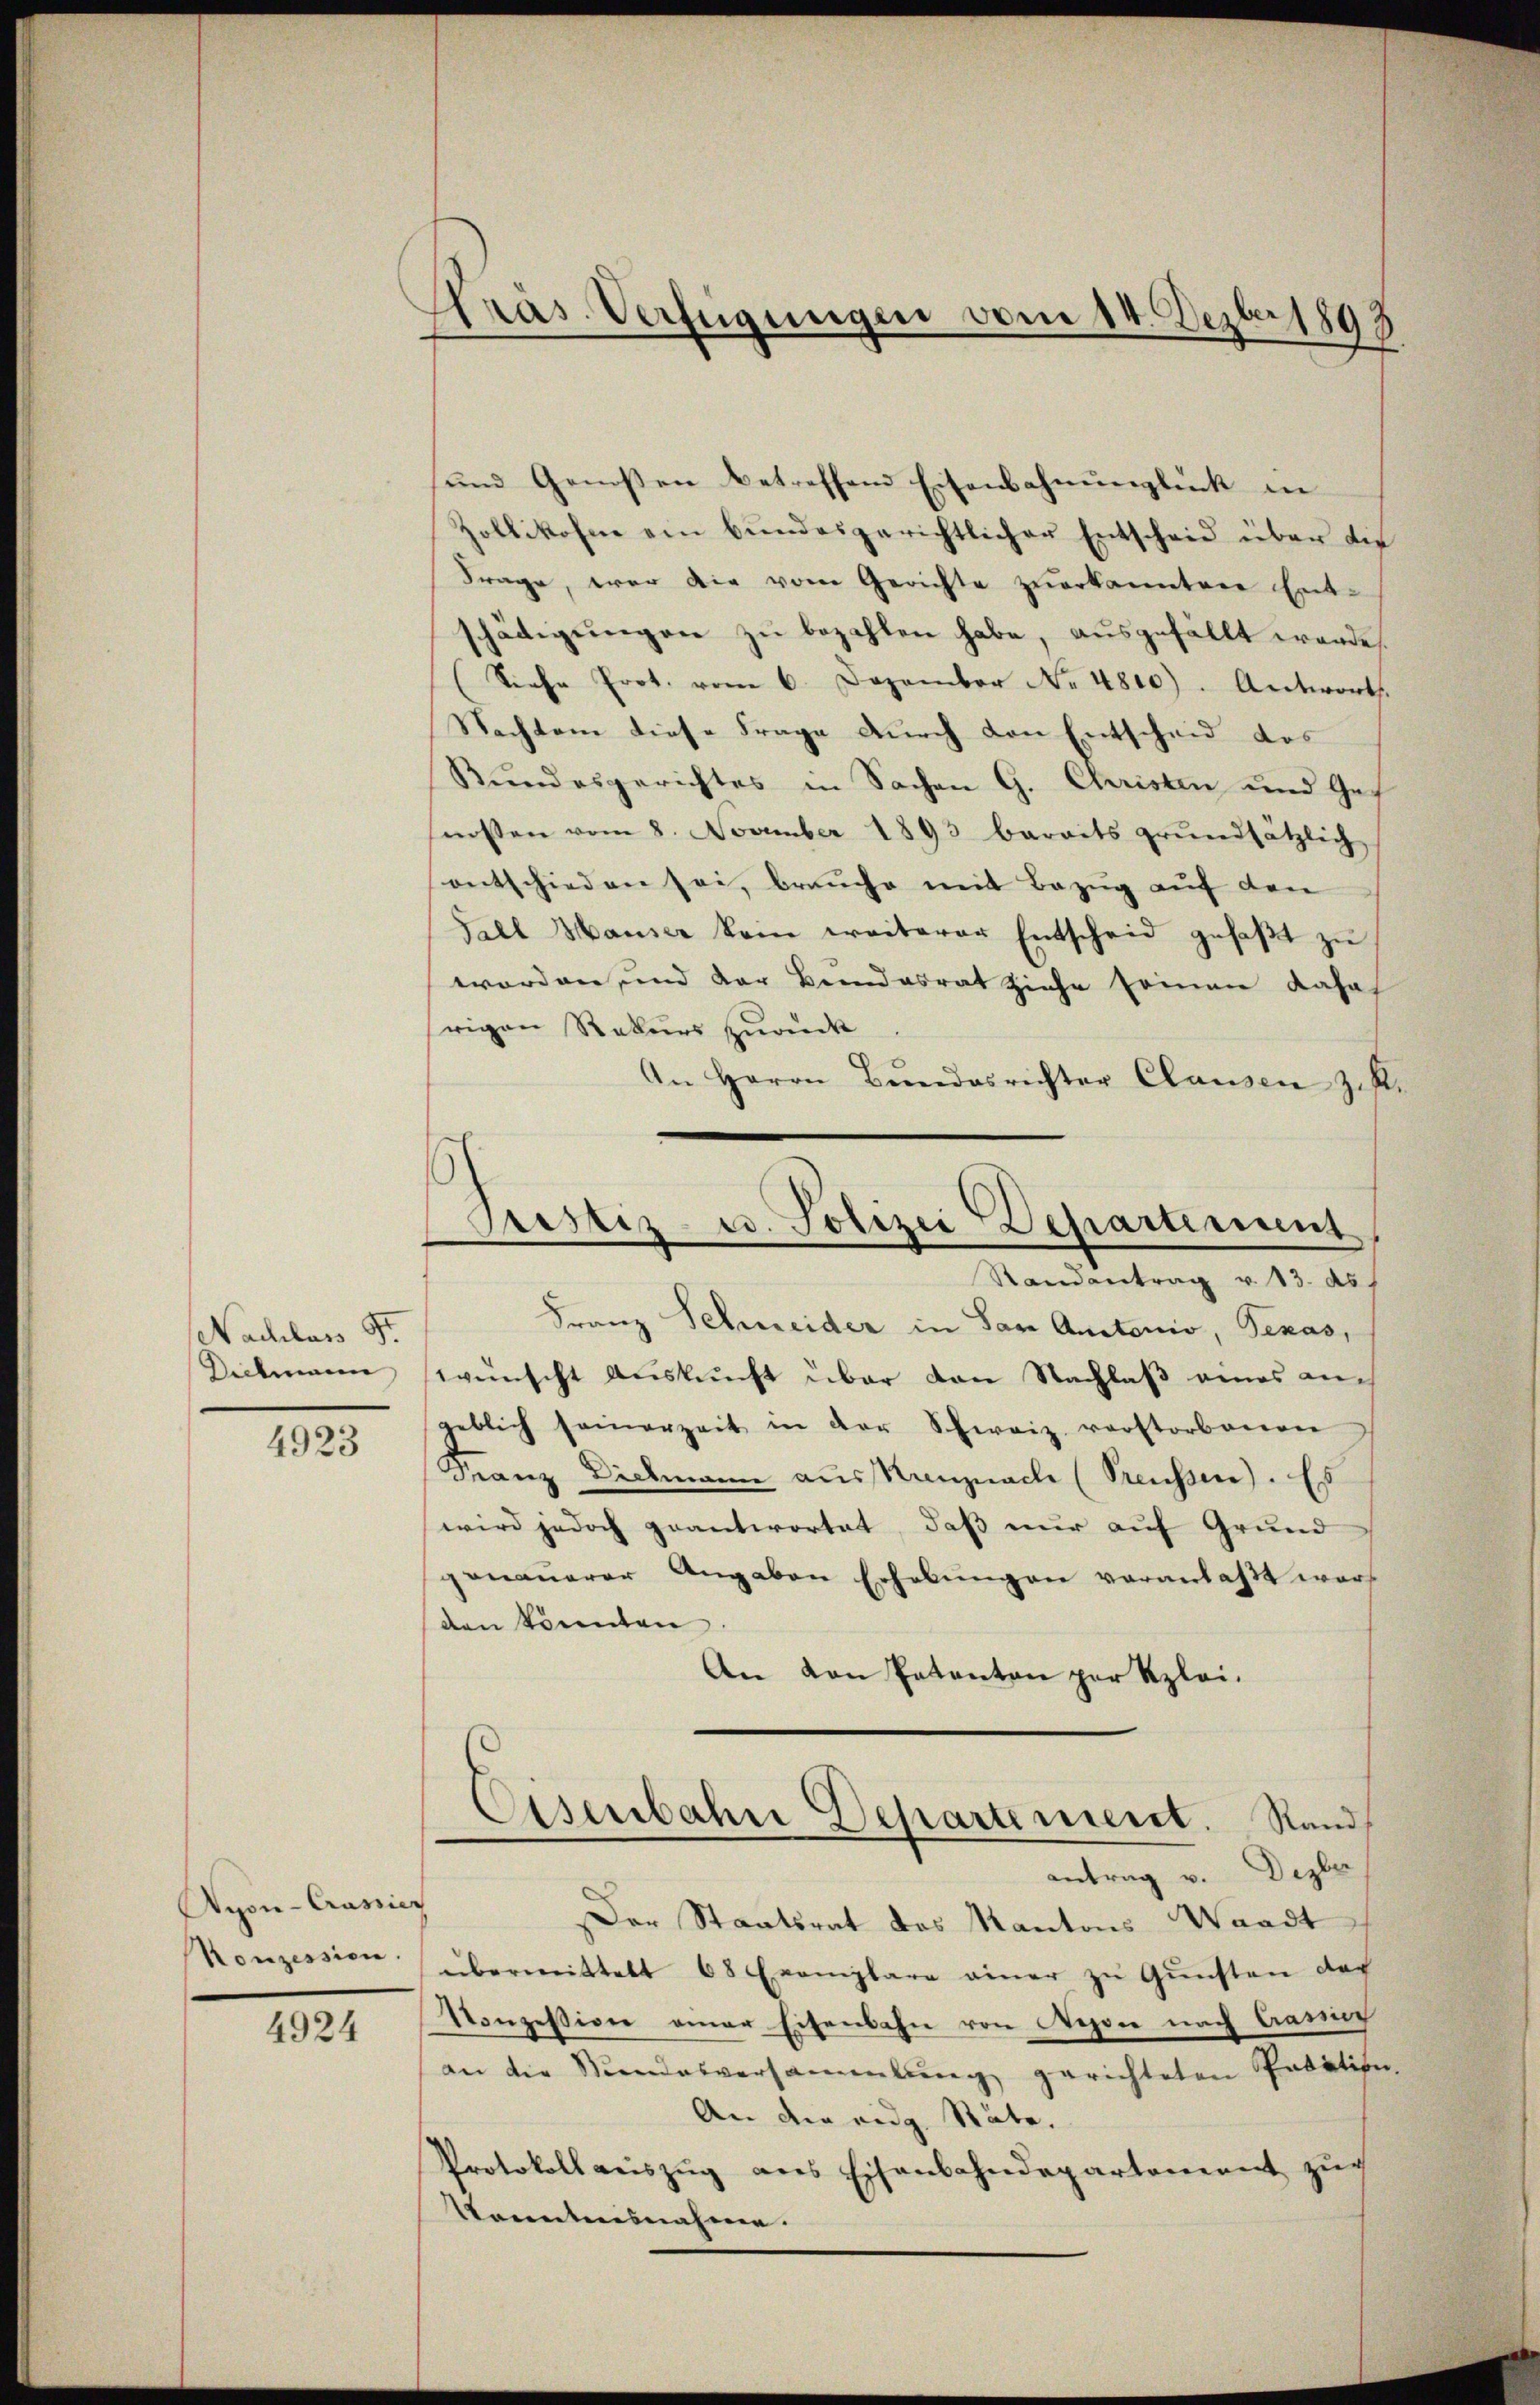
Nachluss 9.
Dickmann

4923

Ayon-Crassier
Konzession

4924

Präs. Verfügungen vom 14. Dezbr 1893

ŭnd Genoßen betreffend Eisenbahnŭnglück in
Zollikofen ein bŭndesgerichtlicher Entscheid über die
Frage, war die vom Gerichte zuerkanntere Ent-
schädigŭngen zŭ bezahlen habe, aŭsgefällt werde
(Siehe Prot. vom 6. Dezember No. 4800). Antwort.
Nachtem diese Frage durch von Entscheid des
Bundesgerichtes in Sachen G. Christen und Genossen vom 8. November 1893 baraits grundsätzlich
entschieden sei, brauche mit Bezug auf den
Fall Hauser kam weiterer Entscheid gefaßt zu
worden, und der Bundesrat ziehe seinen Jahr
srigen Rekurs zurück
An Herrn Bŭndesrichter Clausen Zif.

Justiz- u. Polizei Departement
Randantrag v. 13. ds.

Franz Schneider in San Austonio, Texas,
wünscht Auskunft über den Nachlaß eines auch
geblich seinerzeit in der Schweiz verstorbenen
Franz Dickmann aus Krenznach (Preussen. Es
wird jedoch geantwortet, daß nur auf Grund
genaŭerer Angaben Erhebŭngen veranlaßt war,
den könnten
An von Entanton per Klei¬
Eisenbahre Departement. Stand
antrag v. Dezber
Der Staatsrat das Kantons Waadt
übermittelt 68 Exemplare einer zŭ Gŭnsten der
Vonzession einer Eisenbahn von Nyon nach Came
an die Stundesversammlung gerichteten Padation,
An der eidg. Räte.
Protokollweiszŭg ans Eisenbahndepartement zŭr
kanntensnahme.